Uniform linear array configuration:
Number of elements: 16
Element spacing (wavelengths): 0.5
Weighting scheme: hann
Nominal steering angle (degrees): -45
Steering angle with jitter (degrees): -43.797
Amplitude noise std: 0.05
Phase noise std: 0.05

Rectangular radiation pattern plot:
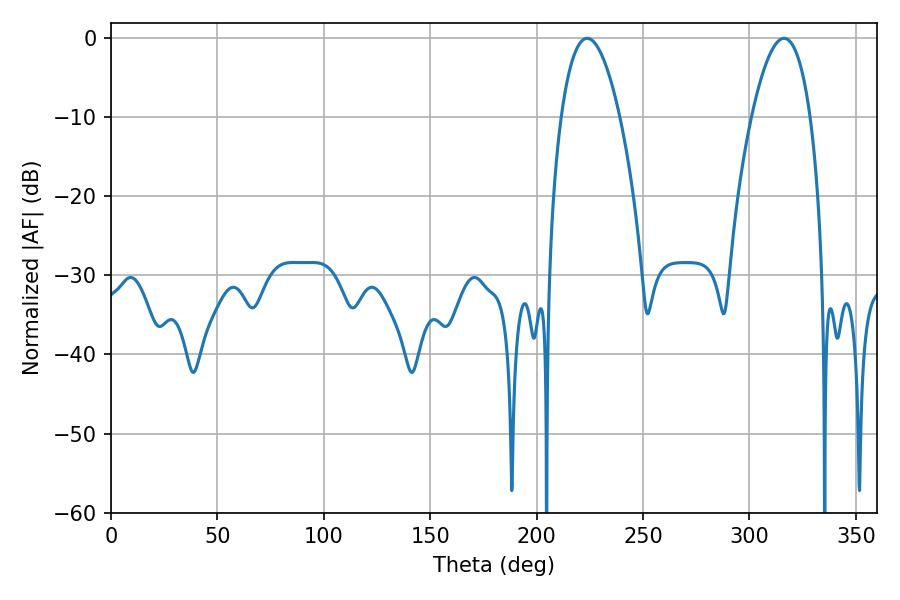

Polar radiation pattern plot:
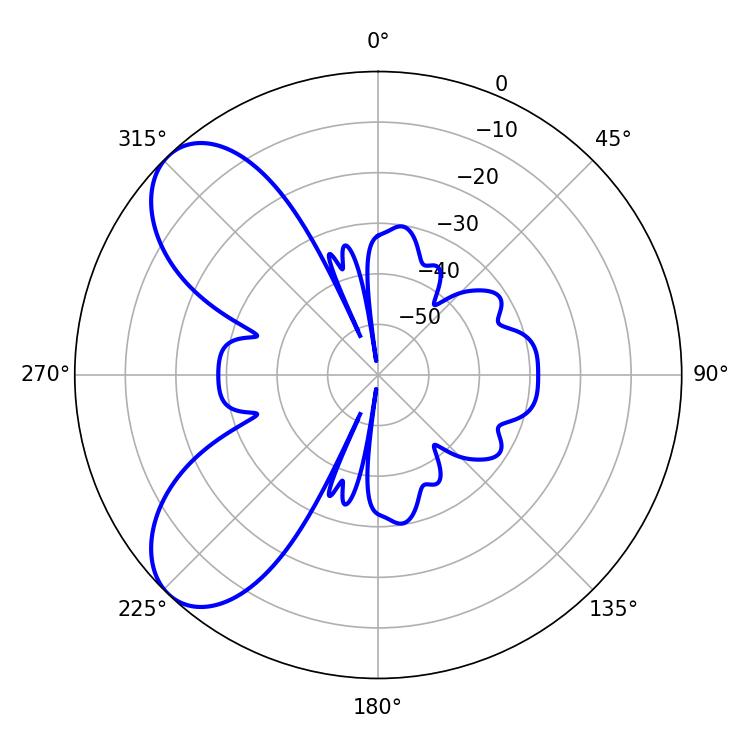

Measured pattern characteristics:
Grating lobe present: FALSE
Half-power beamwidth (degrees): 15.3
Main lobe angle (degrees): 223.74